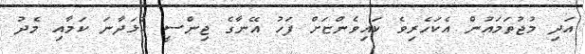
އަދި މުޖުތަމައުން އެކަހެރިވެ ކައިވެންޏަށް ފަހު އޭނާގެ ޖިންސީ ކުޅަދާނަ ކަމާއި މެދު